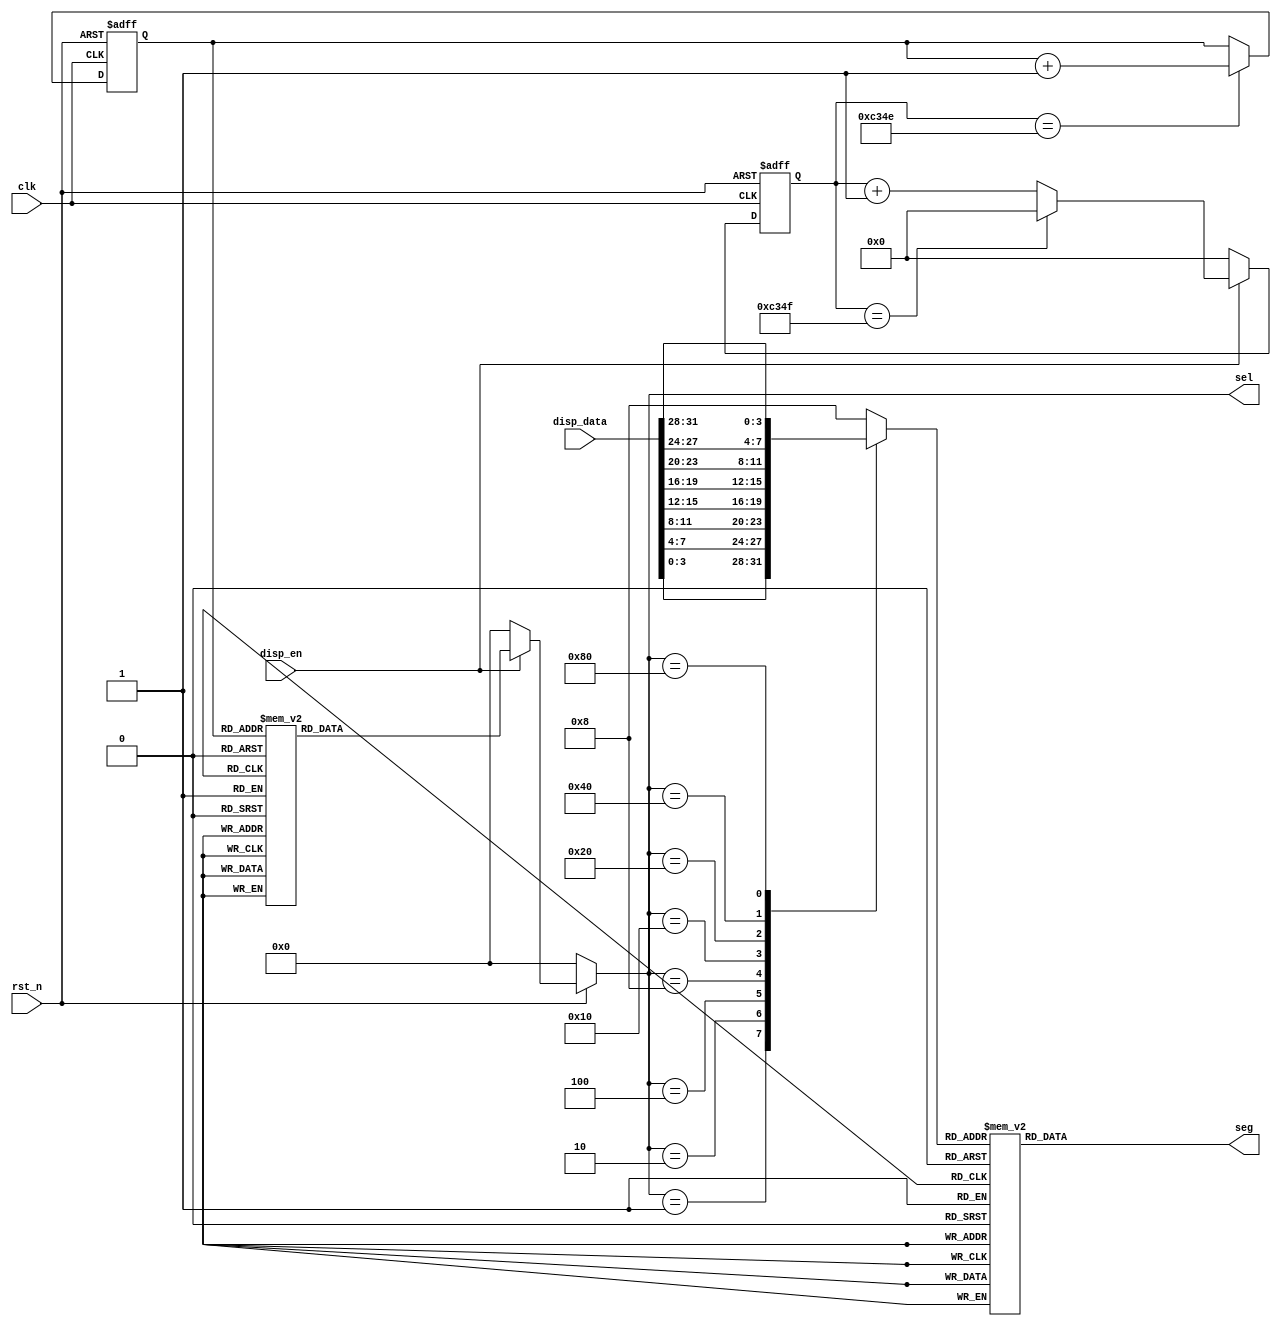
module hex8(
    clk, rst_n, disp_en, disp_data, sel, seg
    );

    input clk;
    input rst_n;
    input [31:0] disp_data;//4 bits of BCD code * 8 led Nixietube
    input disp_en;


    output reg [7:0] sel;//select which led Nixietube to light
    output reg [7:0] seg;//

    reg [15:0] divider_cnt;//count to 50000
    reg divide_clk;

    reg [2:0] sel_cnt;/*sel_cnt = 000, sel = 0000_0001
                        sel_cnt = 001, sel = 0000_0010
                        sel_cnt = 010, sel = 0000_0100
                        sel_cnt = 011, sel = 0000_1000
                        sel_cnt = 100, sel = 0001_0000
                        sel_cnt = 101, sel = 0010_0000
                        sel_cnt = 110, sel = 0100_0000
                        sel_cnt = 111, sel = 1000_0000*/

    reg [3:0] data_tmp;


    //divider
    always @(posedge clk, negedge rst_n) begin
        if(!rst_n)
            divider_cnt <= 0;
        else if(!disp_en)
            divider_cnt <= 0;
        else if(divider_cnt == 49999)
            divider_cnt <= 0;
        else
            divider_cnt <= divider_cnt + 1;
    end

    always @(posedge clk, negedge rst_n) begin
        if(!rst_n)
            divide_clk <= 0;
        else if(divider_cnt == 49998)
            divide_clk <= 1;
        else
            divide_clk <= 0;
    end

    //sel_counter
    always @(posedge clk, negedge rst_n) begin
        if(!rst_n)
            sel_cnt <= 3'b000;
        else if(divider_cnt == 49998)
            sel_cnt <= sel_cnt + 1;
        else
            sel_cnt <= sel_cnt;
    end
    //3-8 decoder
    always @(*) begin
        if(!rst_n)
            sel = 8'b0000_0000;
        else if(!disp_en)
            sel = 8'b0000_0000;
        else case (sel_cnt)
            3'b000: sel = 8'b0000_0001;
            3'b001: sel = 8'b0000_0010;
            3'b010: sel = 8'b0000_0100;
            3'b011: sel = 8'b0000_1000;
            3'b100: sel = 8'b0001_0000;
            3'b101: sel = 8'b0010_0000;
            3'b110: sel = 8'b0100_0000;
            3'b111: sel = 8'b1000_0000;
            default: sel = 8'b0000_0000;
        endcase
    end

    //BCD Look-up table
    always @(*) begin
        case (sel)
            8'b0000_0001: data_tmp = disp_data[3:0];
            8'b0000_0010: data_tmp = disp_data[7:4];
            8'b0000_0100: data_tmp = disp_data[11:8];
            8'b0000_1000: data_tmp = disp_data[15:12];
            8'b0001_0000: data_tmp = disp_data[19:16];
            8'b0010_0000: data_tmp = disp_data[23:20];
            8'b0100_0000: data_tmp = disp_data[27:24];
            8'b1000_0000: data_tmp = disp_data[31:28];
            default: data_tmp = 4'h8;//display 8
        endcase
    end
    
    always @(*) begin
        case (data_tmp)
            4'h0: seg = 8'b11000000;
            4'h1: seg = 8'b11111001;
            4'h2: seg = 8'b10100100;
            4'h3: seg = 8'b10110000;
            4'h4: seg = 8'b10011001;
            4'h5: seg = 8'b10010010;
            4'h6: seg = 8'b10000010;
            4'h7: seg = 8'b11111000;
            4'h8: seg = 8'b10000000;
            4'h9: seg = 8'b10010000;
            4'ha: seg = 8'b10001000;
            4'hb: seg = 8'b10000011;
            4'hc: seg = 8'b11000110;
            4'hd: seg = 8'b10100001;
            4'he: seg = 8'b10000110;
            4'hf: seg = 8'b10001110;
            default: seg = 8'b00000000;
        endcase
    end


endmodule